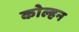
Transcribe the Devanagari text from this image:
कोल्हन